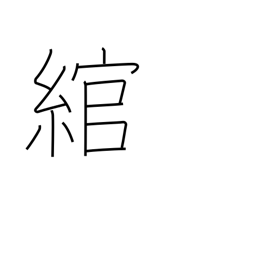
Meaning: bend around